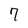
Character: 7